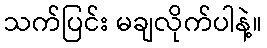
သက်ပြင်း မချလိုက်ပါနဲ့။